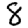
Digit: 8